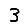
Digit: 3